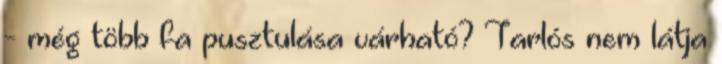
- még több fa pusztulása várható? Tarlós nem látja